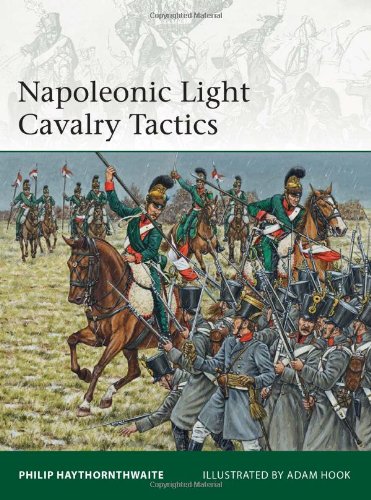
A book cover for Napoleonic Light Cavalry Tactics (Elite); Philip Haythornthwaite; History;